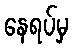
နေရပ်မှ